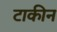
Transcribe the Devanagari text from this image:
टाकीन